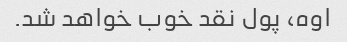
اوه، پول نقد خوب خواهد شد.